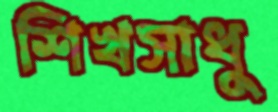
শিখসাধু